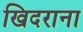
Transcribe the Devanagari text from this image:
खिदराना